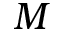
M